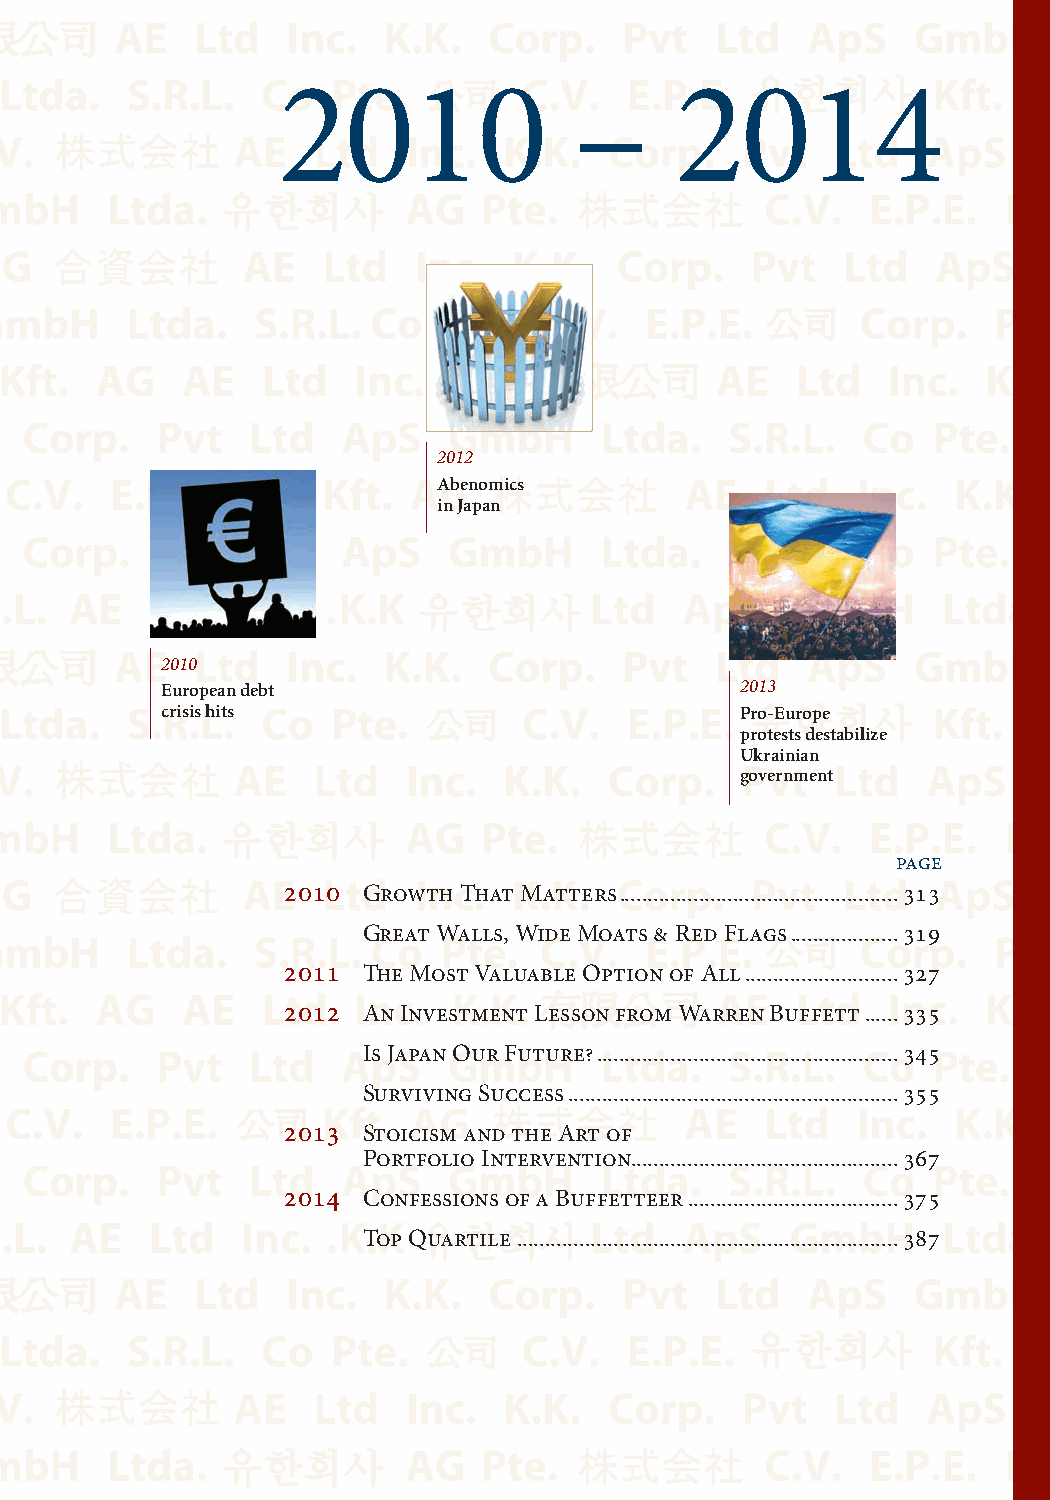
2010                –      2014
 2012
 Abenomics
 in Japan
 2010
 European debt                         2013
 crisis hits                           Pro-Europe
 protests destabilize
 Ukrainian
 government
 page
 2010 Growth That Matters .................................................313
 Great Walls, Wide Moats & Red Flags ...................319
 2011 The Most Valuable Option of All ...........................327
 2012 An Investment Lesson from Warren Buffett ......335
 I s Japan Our Future? .....................................................345
 S urviving Success ..........................................................355
 2013 Stoicism and the Art of
 Portfolio Intervention ...............................................367
 2014 Confessions of a Buffetteer .....................................375
 T op Quartile ...................................................................387